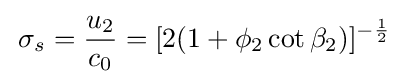
\,\sigma _{s}={\frac {u_{2}}{c_{0}}}=[2(1+\phi _{2}\cot {\beta _{2}})]^{-{\frac {1}{2}}}